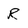
Character: R